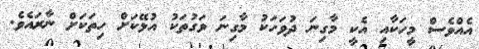
އެއްވެސް މީހަކާއި އެކީ މާގިނަ ދުވަހަކު މާގިނަ ވަގުތަކު އުޅޭކަށް ހިތަކަށް ނާރައެވެ.